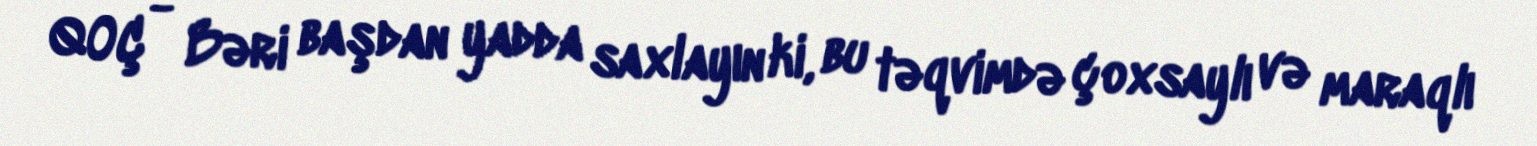
QOÇ - Bəri başdan yadda saxlayın ki, bu təqvimdə çoxsaylı və maraqlı